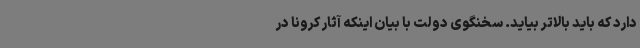
دارد که باید بالاتر بیاید. سخنگوی دولت با بیان اینکه آثار کرونا در